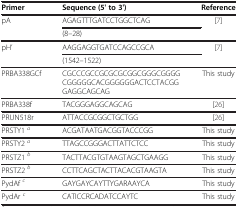
<table><thead><tr><td><b>Primer</b></td><td><b>Sequence (5&#x27; to 3&#x27;)</b></td><td><b>Reference</b></td></tr></thead><tbody><tr><td rowspan="2">pA</td><td>AGAGTTTGATCCTGGCTCAG</td><td rowspan="2">[7]</td></tr><tr><td>(8–28)</td></tr><tr><td rowspan="2">pH’</td><td>AAGGAGGTGATCCAGCCGCA</td><td rowspan="2">[7]</td></tr><tr><td>(1542–1522)</td></tr><tr><td>PRBA338GCf</td><td>CGCCCGCCGCGCGCGGCGGGCGGGGCGGGGGCACGGGGGGACTCCTACGGGAGGCAGCAG</td><td>This study</td></tr><tr><td>PRBA338f</td><td>TACGGGAGGCAGCAG</td><td>[26]</td></tr><tr><td>PRUN518r</td><td>ATTACCGCGGCTGCTGG</td><td>[26]</td></tr><tr><td>PRSTY1 <sup><i>a</i></sup></td><td>ACGATAATGACGGTACCCGG</td><td>This study</td></tr><tr><td>PRSTY2 <sup><i>a</i></sup></td><td>TTAGCCGGGACTTATTCTCC</td><td>This study</td></tr><tr><td>PRSTZ1 <sup><i>b</i></sup></td><td>TACTTACGTGTAAGTAGCTGAAGG</td><td>This study</td></tr><tr><td>PRSTZ2 <sup><i>b</i></sup></td><td>CCTTCAGCTACTTACACGTAAGTA</td><td>This study</td></tr><tr><td>PydAf <sup><i>c</i></sup></td><td>GAYGAYCAYTTYGARAAYCA</td><td>This study</td></tr><tr><td>PydAr <sup><i>c</i></sup></td><td>CATICCRCADATCCAYTC</td><td>This study</td></tr></tbody></table>